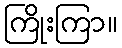
ကြိုးကြာ။